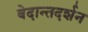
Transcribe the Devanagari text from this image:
वेदान्तदर्शन